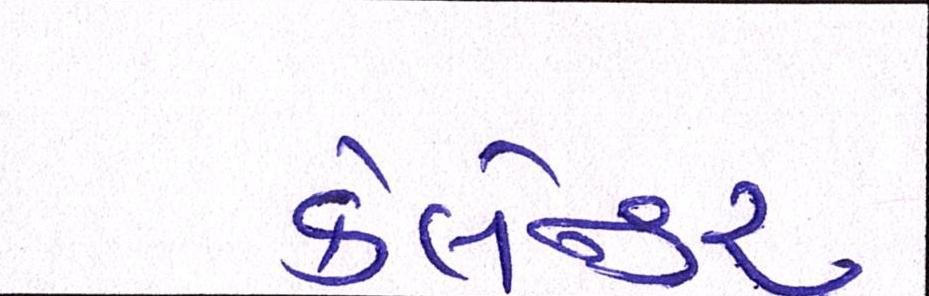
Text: કેલેન્ડર